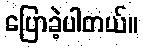
ပြောခဲ့ပါတယ်။